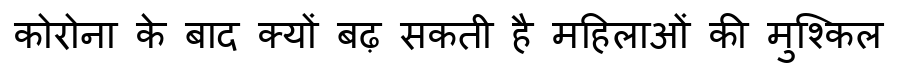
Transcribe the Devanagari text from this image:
कोरोना के बाद क्यों बढ़ सकती है महिलाओं की मुश्किल